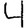
Digit: 4